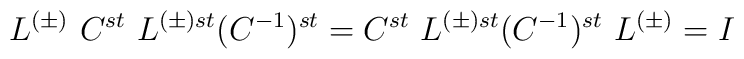
L^{(\pm )}\ C^{st}\ L^{(\pm )st}(C^{-1})^{st}=C^{st}\ L^{(\pm )st} (C^{-1})^{st}\ L^{(\pm )} =I